Civil Veterinary Dept. Bombay admin report 1932-41 - 1932-1941
Year: 1932
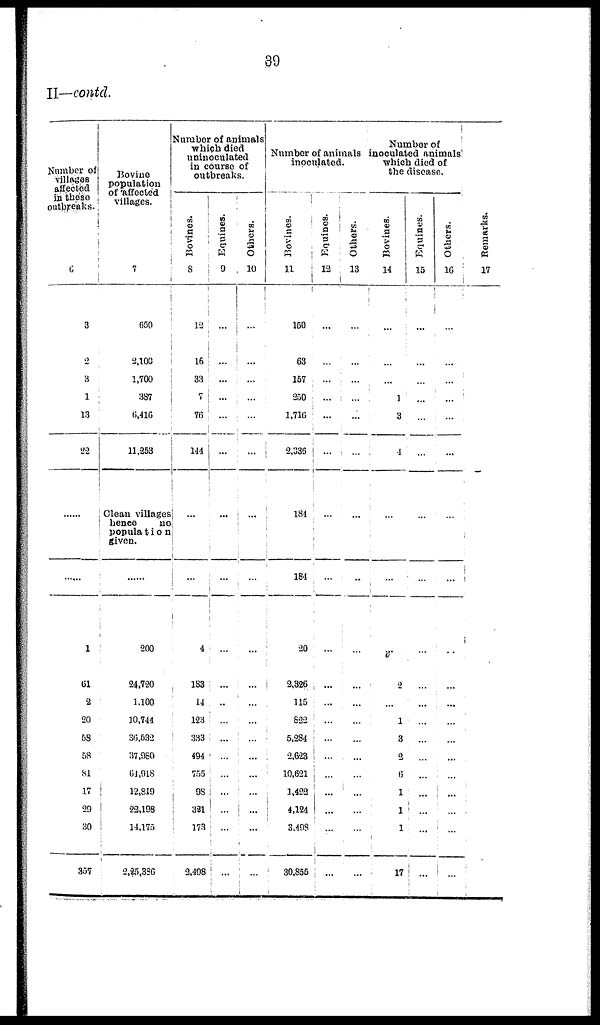
39
II—contd.
Number of
villages
affected
in tbese
outbreaks.
6
3
2
3
1
13
22
......
......
1
61
2
20
58
58
81
17
29
30
357
Bovine
population
of affected
villages.
7
659
2,100
1,700
387
6,416
11,253
Clean villages
hence
no
population
given.
......
200
24,720
1,100
10,744
36,032
37,060
64,918
12,819
22,198
14,175
2,25,386
Number of animals
which died
uninoculated
in course of
outbreaks.
Bovines.
8
12
16
33
7
76
114
...
...
4
183
14
123
333
494
755
98
321
173
2,108
Equines.
9
...
...
...
...
...
...
...
...
...
...
...
...
...
...
...
...
...
...
...
Others.
10
...
...
...
...
...
...
...
...
...
...
...
...
...
...
...
...
...
...
...
Number of animals
inoculated.
Bovines.
11
150
63
167
250
1,716
2,335
184
184
20
2,326
115
622
5,284
2,623
10,621
1,422
4,124
3,498
30,855
Equines.
12
...
...
...
...
...
...
...
...
...
...
...
...
...
...
...
...
...
...
...
Others.
13
...
...
...
...
...
...
...
...
...
...
...
...
...
...
...
...
...
...
...
Number of
inoculated animals
which died of
the disease.
Bovines.
14
...
...
...
1
3
1
...
...
...
2
...
1
3
2
6
1
1
1
17
Equines.
15
...
...
...
...
...
...
...
...
...
...
...
...
...
...
...
...
...
...
...
Others.
16
...
...
...
...
...
...
...
...
...
...
...
...
...
...
...
...
...
...
...
Remarks.
17